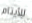
للأيتام